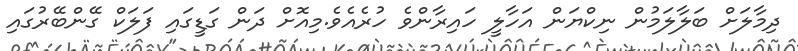
ދިމާލަށް ބަލާލަމުން ނިކްޔަން އަހާލީ ހައިރާންވެ ހުރެއެވެ.މިއޮށް ދަން ގަޑީގައި ފަލަކް ގޭންބޭރުގައި